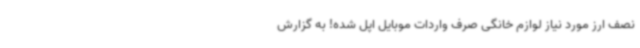
نصف ارز مورد نیاز لوازم خانگی صرف واردات موبایل اپل شده! به گزارش